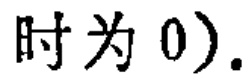
时为 0).